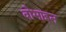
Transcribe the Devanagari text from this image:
वोभाइन